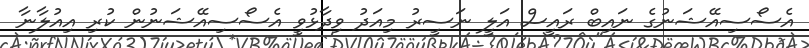
އެސޯސިއޭޝަނުގެ ނައިބް ރައީސް އަލީ ނަސީރު މިއަދު ވިދާޅުވީ އެސޯސިއޭޝަނުން ކުރި އިއުލާނާ